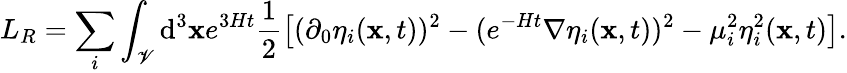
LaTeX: L_{R}=\sum_{i}\int_{\mathscr{V}}\mathrm{d}^{3}{\mathbf{x}}e^{3Ht}\frac{{1}}{{2}}\left[(\partial_{0}\eta_{i}({\mathbf{x}},t))^{2}-(e^{-Ht}{\mathbf{\nabla}}\eta_{i}({\mathbf{x}},t))^{2}-\mu_{i}^{2}\eta_{i}^{2}({\mathbf{x}},t)\right].